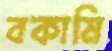
বকামি